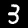
Label: 3